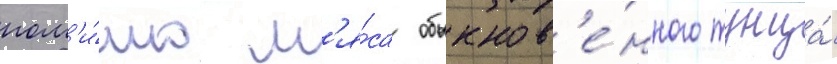
пом'и́мо м'я́са обыкнов'е́нного тунца́